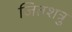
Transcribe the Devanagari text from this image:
जितशत्रु